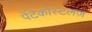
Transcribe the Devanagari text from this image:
पेंटेकोस्टलज़